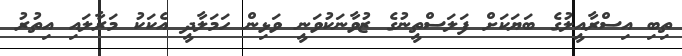
ތިބި އިސްރާއީލުގެ ބަޔަކަށް ފަލަސްތީނުގެ ޒުވާނަކުވަނީ ވަޅިން ހަމަލާދީ އެކަކު މަރާލައި އިތުރު